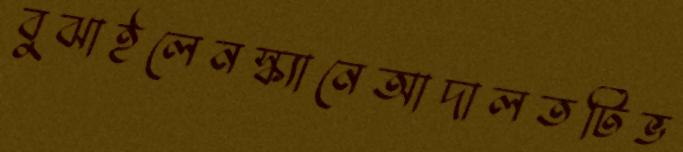
বুঝাইলেনস্ক্যানেআদালতটিভ